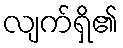
လျက်ရှိ၏